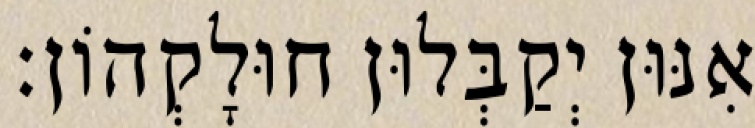
אִנּוּן יְקַבְּלוּן חוּלָקְהוֹן׃